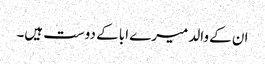
ان کے والد میرے ابا کے دوست ہیں۔